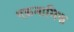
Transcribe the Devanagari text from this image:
एकनामिक